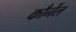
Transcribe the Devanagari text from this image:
कौर्नेल